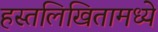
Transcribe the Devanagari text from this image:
हस्तलिखितामध्ये